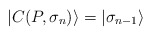
\begin{align*}| C(P, \sigma_n) \rangle = | \sigma_{n-1} \rangle\end{align*}